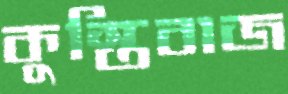
কুস্তিবাজ